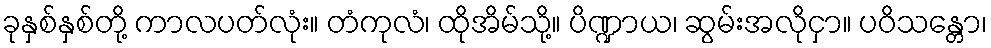
ခုနှစ်နှစ်တို့ ကာလပတ်လုံး။ တံကုလံ၊ ထိုအိမ်သို့။ ပိဏ္ဍာယ၊ ဆွမ်းအလိုငှာ။ ပဝိသန္တော၊